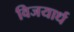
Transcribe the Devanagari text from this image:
विजयार्ध